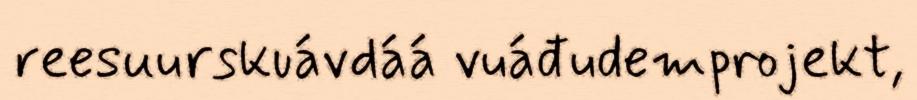
reesuurskuávdáá vuáđudemprojekt,